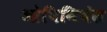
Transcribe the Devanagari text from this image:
ओपिनियंस